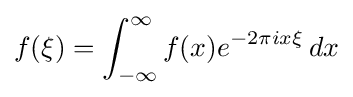
f(\xi )=\int _{-\infty }^{\infty }f(x)e^{-2\pi ix\xi }\,dx